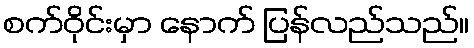
စက်ဝိုင်းမှာ နောက် ပြန်လည်သည်။